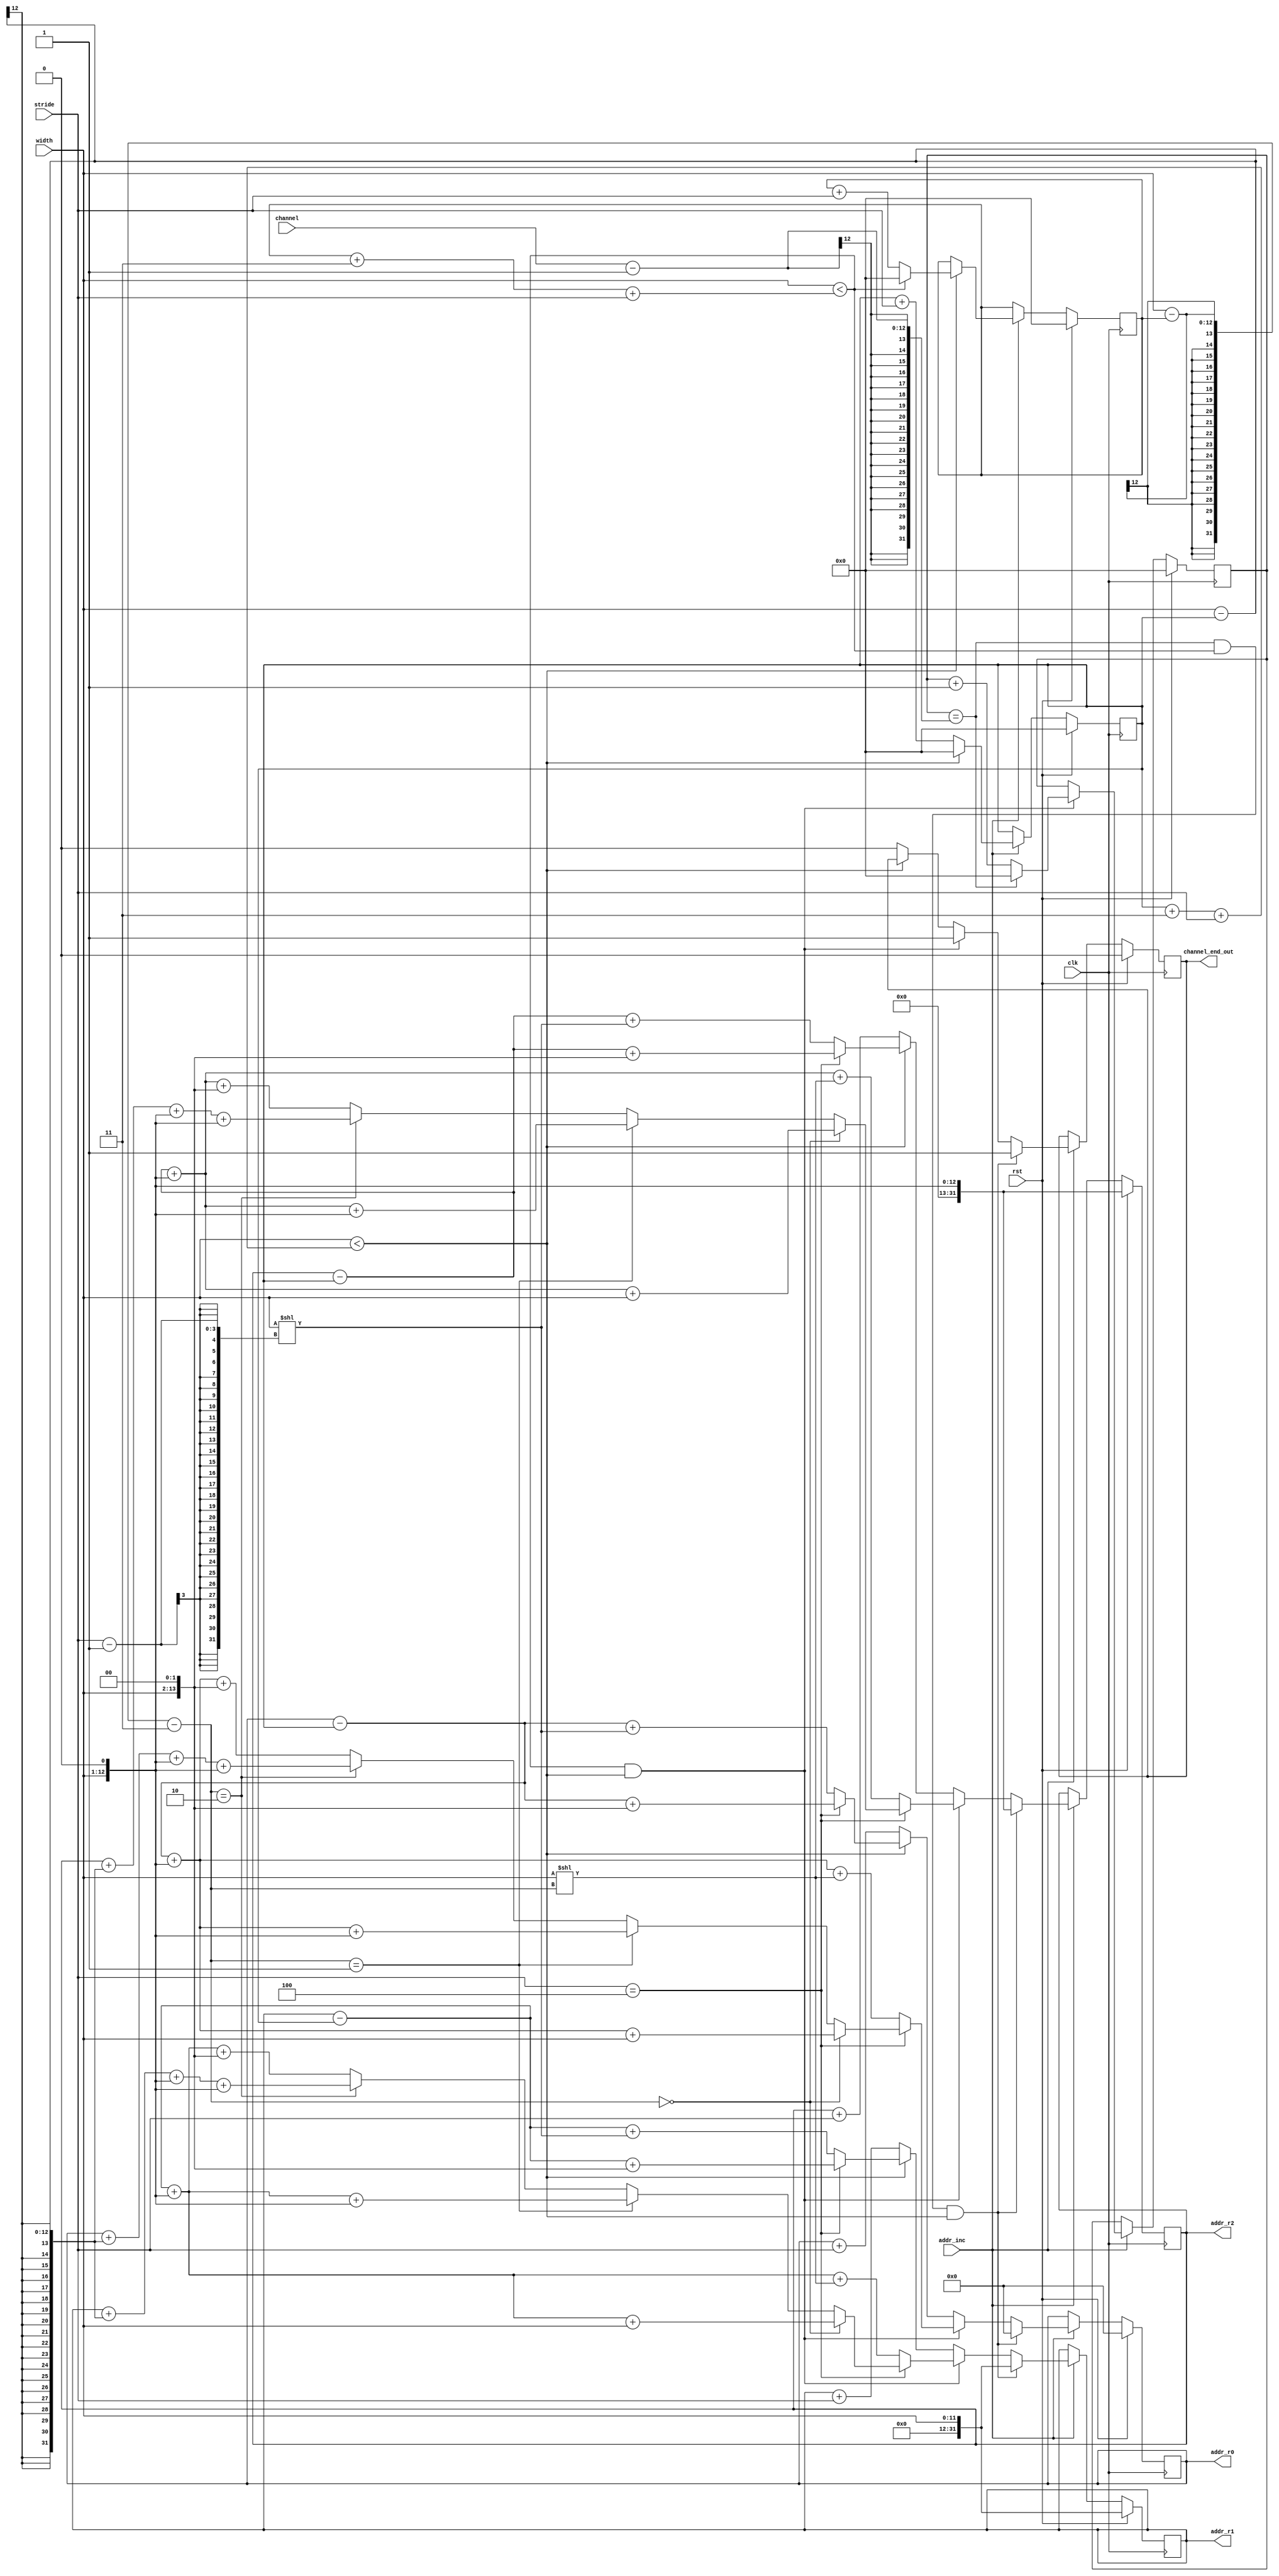
`timescale 1ns / 1ps
//////////////////////////////////////////////////////////////////////////////////
// Company: 
// Engineer: 
// 
// Design Name: 
// Module Name: in_addr_gen
// Project Name: 
// Target Devices: 
// Tool Versions: 
// Description: 
// 
// Dependencies: 
// 
// Revision:
// Revision 0.01 - File Created
// Additional Comments:
// 
//////////////////////////////////////////////////////////////////////////////////

module in_addr_gen(
clk,rst,
stride,
width,
channel,
addr_inc,

addr_r0, addr_r1, addr_r2,
channel_end_out
//col_cnt,row_cnt,channel_cnt,
//row_end,channel_end,img_end
    );
    parameter BRAM_ADDR_BIT = 32;

    input clk, rst, addr_inc;
    input [11:0]width, channel;
    input [2:0] stride;


    output reg [BRAM_ADDR_BIT-1:0]addr_r0, addr_r1, addr_r2;
    output reg channel_end_out;
    reg [11:0]col_cnt;
    reg [11:0]row_cnt;
    reg [11:0]channel_cnt;

    wire row_end,channel_end,img_end;
/////////////////////////////////////////////////////////////////////////////
    assign row_end = width < col_cnt+ 3 + stride;
    assign channel_end = width < row_cnt+ 3 + stride;
    assign img_end = channel_cnt==channel-1;
/////////////////////////////////////////////////////////////////////////////

    // entry counter
    always@(posedge clk) begin
        if(rst) begin
            col_cnt <= 0;
        end
        else if(addr_inc)begin
            if(row_end) begin
                col_cnt <= 0;
            end
            else begin
                col_cnt <= col_cnt+stride;
            end
        end
    end

    // row counter
    always@(posedge clk) begin
        if(rst) begin
            row_cnt <= 0;
        end
        else if(addr_inc)begin
            if(row_end) begin
                if(channel_end) begin
                    row_cnt <= 0;
                end
                else begin
                    row_cnt <= row_cnt+stride;
                end
            end
        end
    end

    // channel counter
    always@(posedge clk) begin
        if(rst) begin
            channel_cnt <= 0;
        end
        else if(addr_inc)begin
            if(row_end & channel_end) begin
                if(img_end) begin
                    channel_cnt <= 0;
                end
                else begin
                    channel_cnt <= channel_cnt+1;
                end
            end
        end
    end

    always@(posedge clk) begin
        if(rst) begin
            addr_r0<=0;
            addr_r1<= width;
            addr_r2<= {width, 1'b0};
            channel_end_out <= 0;
        end
        else if(addr_inc)begin
            if(img_end & channel_end & row_end) begin
                addr_r0<=0;
                addr_r1<= width;
                addr_r2<= {width, 1'b0};
                channel_end_out <= 1;
            end
            else if(channel_end & row_end) begin
                if(stride == 4) begin
                    if(width - row_cnt-3 == 0)begin
                        addr_r0<=addr_r0 -col_cnt + {width, 1'b0} + (width );
                        addr_r1<=addr_r1 -col_cnt + {width, 1'b0} + (width );
                        addr_r2<=addr_r2 -col_cnt + {width, 1'b0} + (width );
                        channel_end_out <= 1;
                    end
                    else if (width - row_cnt-3 == 1) begin
                        addr_r0<=addr_r0 -col_cnt + {width, 1'b0} + (width << 1 );
                        addr_r1<=addr_r1 -col_cnt + {width, 1'b0} + (width << 1 );
                        addr_r2<=addr_r2 -col_cnt + {width, 1'b0} + (width << 1 );
                        channel_end_out <= 1;
                    end
                    else if (width - row_cnt-3 == 2) begin
                        addr_r0<=addr_r0 + (width-col_cnt) + {width, 1'b0} + (width << 1 );
                        addr_r1<=addr_r1 + (width-col_cnt) + {width, 1'b0} + (width << 1 );
                        addr_r2<=addr_r2 + (width-col_cnt) + {width, 1'b0} + (width << 1 );
                        channel_end_out <= 1;
                    end 
                    else begin
                        addr_r0<=addr_r0 -col_cnt + {width, 1'b0} + (width << 2 );
                        addr_r1<=addr_r1 -col_cnt + {width, 1'b0} + (width << 2 );
                        addr_r2<=addr_r2 -col_cnt + {width, 1'b0} + (width << 2 );
                        channel_end_out <= 1;
                    end
                end
                else begin
                    addr_r0<=addr_r0 -col_cnt + {width, 1'b0} + (width << (width - row_cnt-3));
                    addr_r1<=addr_r1 -col_cnt + {width, 1'b0} + (width << (width - row_cnt-3));
                    addr_r2<=addr_r2 -col_cnt + {width, 1'b0} + (width << (width - row_cnt-3));
                    channel_end_out <= 1;
                end
            end
            else if(row_end) begin
                if(stride == 4) begin
                    addr_r0<= addr_r0 - col_cnt + (width<<2);
                    addr_r1<= addr_r1 - col_cnt + (width<<2);
                    addr_r2<= addr_r2 - col_cnt + (width<<2);
                end
                else begin
                    addr_r0<= addr_r0 - col_cnt + (width<<(stride -1));
                    addr_r1<= addr_r1 - col_cnt + (width<<(stride -1));
                    addr_r2<= addr_r2 - col_cnt + (width<<(stride -1));
                end
                
            end
            else begin
                addr_r0<=addr_r0+stride;
                addr_r1<=addr_r1+stride;
                addr_r2<=addr_r2+stride;
                channel_end_out <= 0;
            end
        end
    end

endmodule